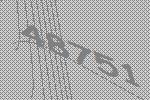
48751